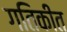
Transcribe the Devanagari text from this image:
गतिकीत